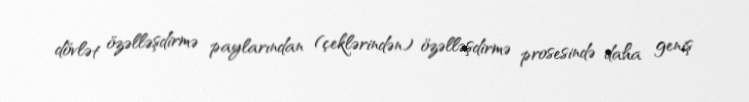
dövlət özəlləşdirmə paylarından (çeklərindən) özəlləşdirmə prosesində daha geniş